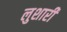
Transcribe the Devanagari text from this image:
लुशारी